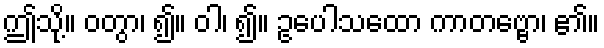
ဤသို့။ ဝတွာ၊ ၍။ ဝါ၊ ၍။ ဥပေါသထော ကာတဗ္ဗော၊ ၏။